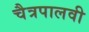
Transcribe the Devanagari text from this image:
चैत्रपालवी